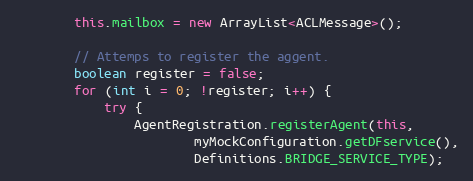
Language: Java
        this.mailbox = new ArrayList<ACLMessage>();

        // Attemps to register the aggent.
        boolean register = false;
        for (int i = 0; !register; i++) {
            try {
                AgentRegistration.registerAgent(this,
                        myMockConfiguration.getDFservice(),
                        Definitions.BRIDGE_SERVICE_TYPE);